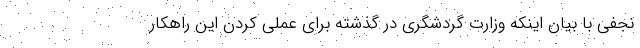
نجفی با بیان اینکه وزارت گردشگری در گذشته برای عملی کردن این راهکار